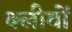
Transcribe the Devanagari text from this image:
क्लीवों